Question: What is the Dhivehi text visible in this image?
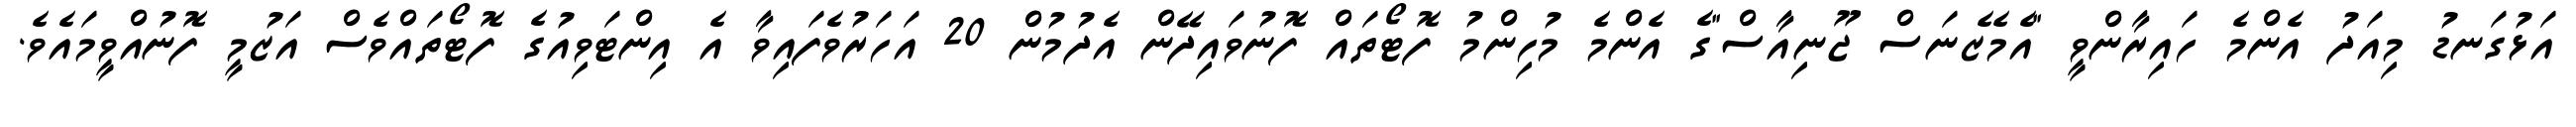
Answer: އަޅުގަނޑު މިއަދު އެންމެ ހައިރާންވީ "އެމެޒެނަސް ޖޫނިއާސް"ގެ އެންމެ މުހިންމު ފޮޓޯތައް ފޮނުވައިދޭން އެދުމުން 20 އަހަރުވެފައިވާ އެ އިންޓަވިއުގެ ފޮޓޯތައްވެސް އަޒުމީ ފޮނުއްވީމައެވެ.